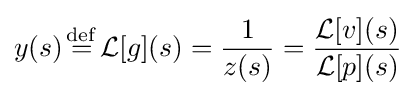
y(s){\stackrel {\mathrm {def} }{{}={}}}{\mathcal {L}}[g](s)={\frac {1}{z(s)}}={\frac {{\mathcal {L}}[v](s)}{{\mathcal {L}}[p](s)}}